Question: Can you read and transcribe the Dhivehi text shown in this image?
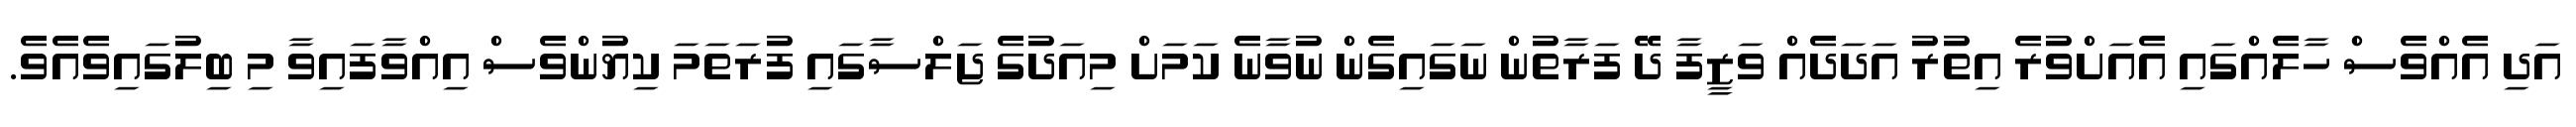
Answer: އަދި އެއްވެސް ހާލެއްގައި އެއަށްވުރެ އިތުރު އަދަދެއް ވަޒީފާ ދޭ ފަރާތުން ނަގައިގެން ނުވާނެ ކަމަށް މިއަދުގެ ޖަލްސާގައި ފުރަތަމަ ކިޔުންވެސް އިއްވާފައިވާ މި ބިލުގައިވެއެވެ.